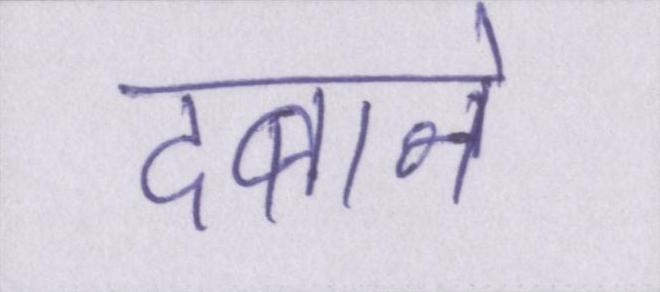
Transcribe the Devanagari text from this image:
दबाने